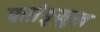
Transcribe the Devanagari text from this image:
परांङ्‌मुख